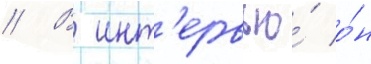
// В инт'ервью́ о́н